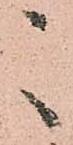
々